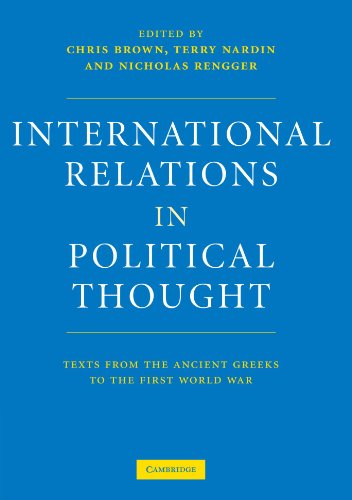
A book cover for International Relations in Political Thought: Texts from the Ancient Greeks to the First World War; Law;